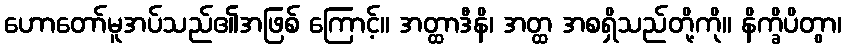
ဟောတော်မူအပ်သည်၏အဖြစ် ကြောင့်။ အတ္ထာဒီနိ၊ အတ္ထ အစရှိသည်တို့ကို။ နိက္ခိပိတွာ၊